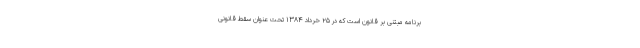
برنامه مبتنی بر قانون است که در ۲۵ خرداد ۱۳۸۴ تحت عنوان سقط قانونی